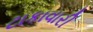
ટાકાવારી